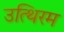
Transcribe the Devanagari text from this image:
उत्थिरम